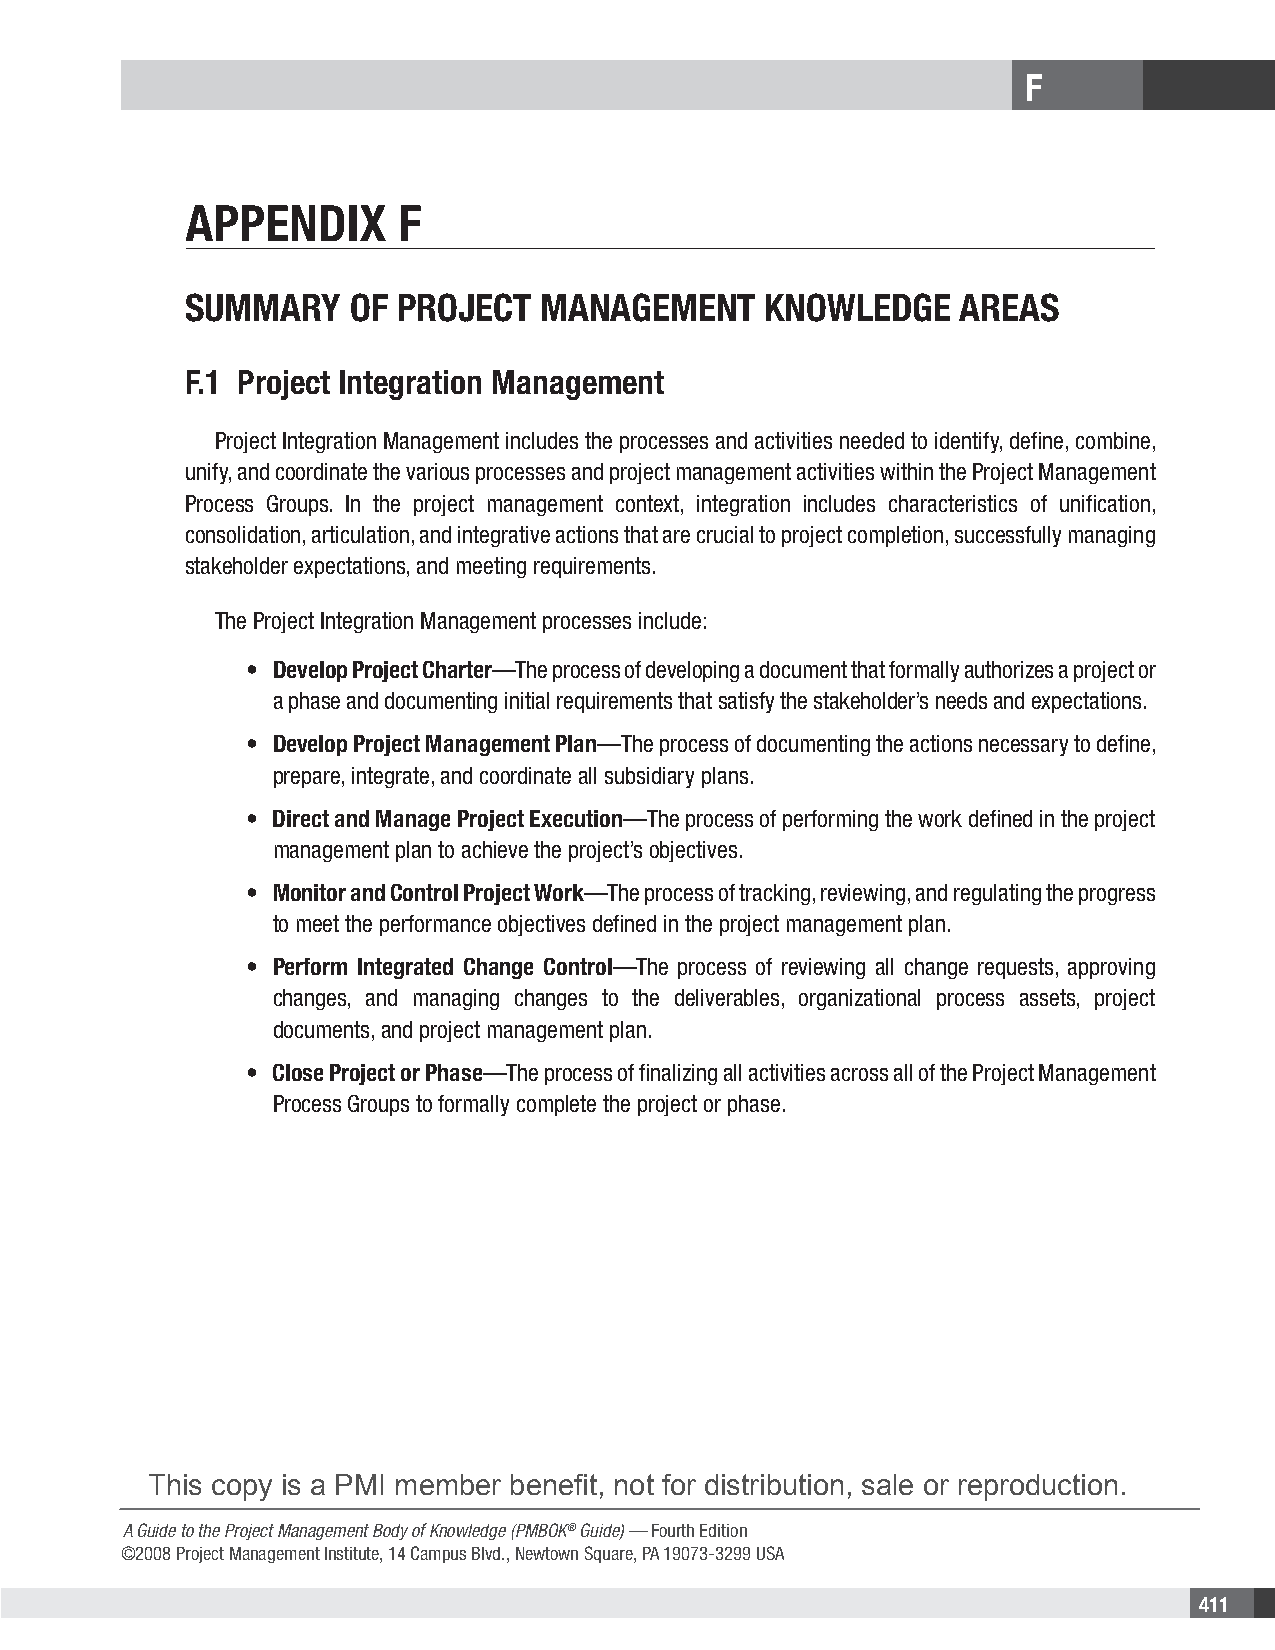
F
 APPENDIX       F
 SummAry    oF ProjEct   mANAgEmENt     KNowlEDgE    ArEAS
 F.1 Project Integration Management
 Project Integration Management includes the processes and activities needed to identify, define, combine,
 unify, and coordinate the various processes and project management activities within the Project Management
 Process Groups. In the project management context, integration includes characteristics of unification,
 consolidation, articulation, and integrative actions that are crucial to project completion, successfully managing
 stakeholder expectations, and meeting requirements.
 The Project Integration Management processes include:
 • Develop Project Charter—The process of developing a document that formally authorizes a project or
 a phase and documenting initial requirements that satisfy the stakeholder’s needs and expectations.
 • Develop Project Management Plan—The process of documenting the actions necessary to define,
 prepare, integrate, and coordinate all subsidiary plans.
 • Direct and Manage Project Execution—The process of performing the work defined in the project
 management plan to achieve the project’s objectives.
 • Monitor and Control Project Work—The process of tracking, reviewing, and regulating the progress
 to meet the performance objectives defined in the project management plan.
 • Perform Integrated Change Control—The process of reviewing all change requests, approving
 changes, and managing changes to the deliverables, organizational process assets, project
 documents, and project management plan.
 • Close Project or Phase—The process of finalizing all activities across all of the Project Management
 Process Groups to formally complete the project or phase.
 This copy is a PMI member benefit, not for distribution, sale or reproduction.
 A Guide to the Project Management Body of Knowledge (PMBOK® Guide) — Fourth Edition
 ©2008 Project Management Institute, 14 Campus Blvd., Newtown Square, PA 19073-3299 USA
 411